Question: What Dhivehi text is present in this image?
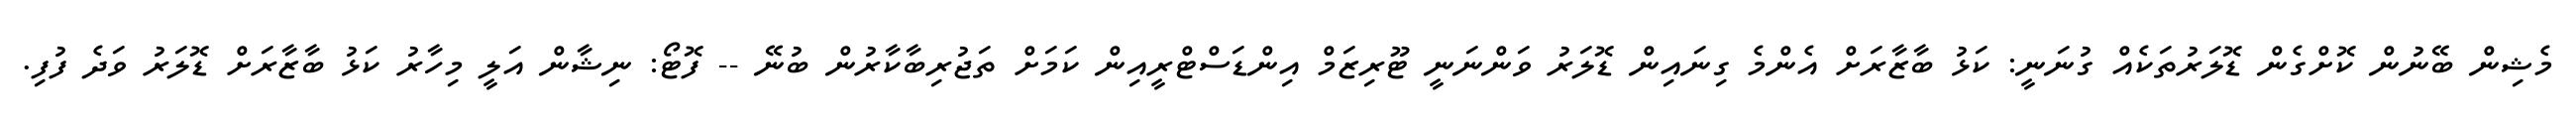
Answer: މެޝިން ބޭނުން ކޮށްގެން ޑޮލަރުތަކެއް ގުނަނީ: ކަޅު ބާޒާރަށް އެންމެ ގިނައިން ޑޮލަރު ވަންނަނީ ޓޫރިޒަމް އިންޑަސްޓްރީއިން ކަމަށް ތަޖުރިބާކާރުން ބުނޭ -- ފޮޓޯ: ނިޝާން އަލީ މިހާރު ކަޅު ބާޒާރަށް ޑޮލަރު ވަދެ ފުފި.